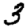
Digit: 3